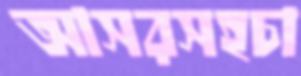
আসরসহচা